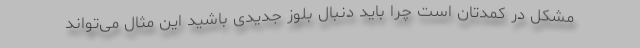
مشکل در کمدتان است چرا باید دنبال بلوز جدیدی باشید این مثال می‌تواند